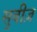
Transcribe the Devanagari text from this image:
सुबीज़